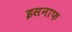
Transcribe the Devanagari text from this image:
इसनाफ